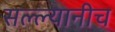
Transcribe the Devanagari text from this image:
सल्ल्यानीच